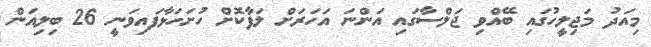
މިއަދު މަޖިލީހުގައި ބޭއްވި ޖަލްސާގައި އަންނަ އަހަރަށް ލަފާކޮށް ހުށަހަޅާފައިވަނީ 26 ބިލިއަން